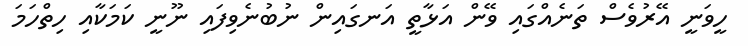
ހީވަނީ އޭރުވެސް ތަނެއްގައި ވޭން އަޅާތީ އަނގައިން ނުބުނެވިފައި ނޫނީ ކަމަކާއި ހިތްހަމަ